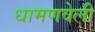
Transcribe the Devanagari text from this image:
धामणवेली